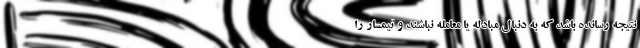
نتیجه رسانده باشد که به دنبال مبادله یا معامله نباشند و تیمسار را